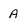
Character: A